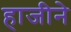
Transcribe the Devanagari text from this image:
हाजीने